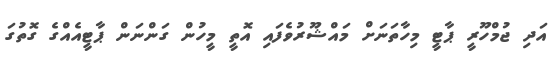
އަދި ޖުމްހޫރީ ޕާޓީ މިހާތަނަށް މައްޝޫރުވެފައި އޮތީ މީހުން ގަންނަން ޕާޓީއެއްގެ ގޮތުގަ